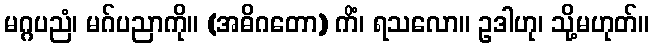
မဂ္ဂပညံ၊ မဂ်ပညာကို။ (အဓိဂတော) ကိံ၊ ရသလော။ ဥဒါဟု၊ သို့မဟုတ်။